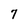
Character: 7